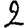
Digit: 2